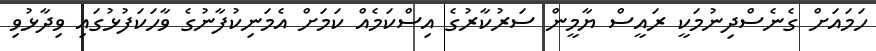
ހަމައަށް ގެނެސްދިނުމަކީ ރައީސް ޔާމީން ސަރުކާރުގެ އިސްކަމެއް ކަމަށް އެމަނިކުފާނުގެ ވާހަކަފުޅުގައި ވިދާޅުވި